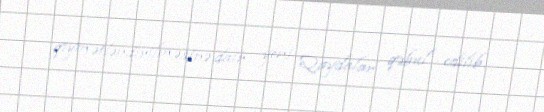
qiymətləndirilməsinə dair yeni Qaydalar qəbul edilib.